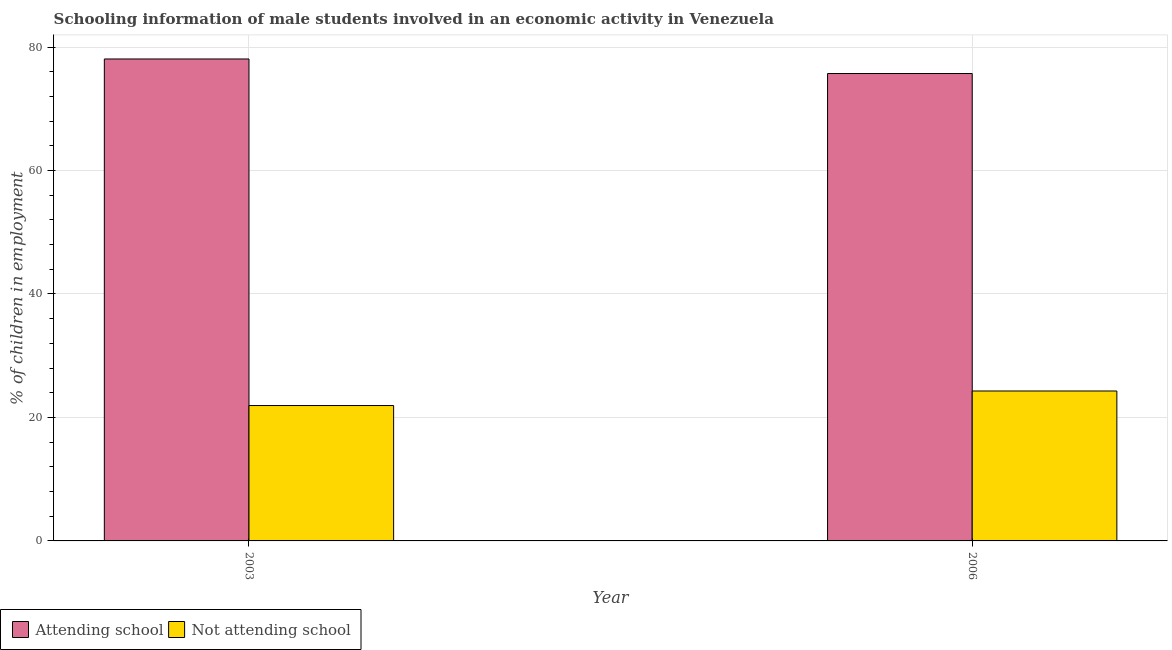
| Year | Attending school | Not attending school |
 | --- | --- | --- |
 | 2003 | 78.1 | 21.9 |
 | 2006 | 75.7 | 24.3 |